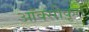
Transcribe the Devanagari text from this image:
आँक्सीकृत